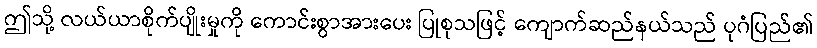
ဤသို့ လယ်ယာစိုက်ပျိုးမှုကို ကောင်းစွာအားပေး ပြုစုသဖြင့် ကျောက်ဆည်နယ်သည် ပုဂံပြည်၏